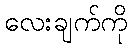
လေးချက်ကို